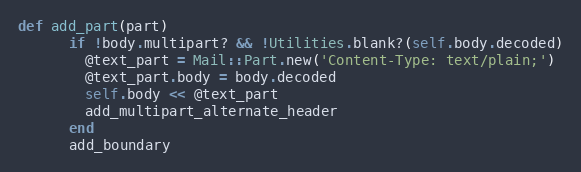
Language: Ruby
def add_part(part)
      if !body.multipart? && !Utilities.blank?(self.body.decoded)
        @text_part = Mail::Part.new('Content-Type: text/plain;')
        @text_part.body = body.decoded
        self.body << @text_part
        add_multipart_alternate_header
      end
      add_boundary